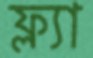
ফ্ল্যা